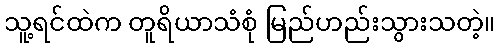
သူ့ရင်ထဲက တူရိယာသံစုံ မြည်ဟည်းသွားသတဲ့။